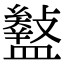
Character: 𥃎